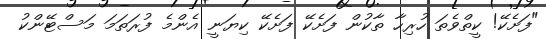
"ފަށެކޭ! ކީތްވެތަ ހުރިހާ ތާކުން ފަށެކޭ ފަށެކޭ ކިޔަނީ އެންމެ ފުރަތަމަ މަސްޓޭންކު